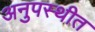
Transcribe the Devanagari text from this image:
अनुपस्थीत